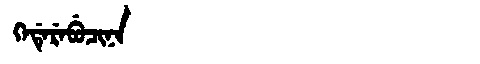
Manchu: ᡴᡝᡩᡝᡵᡝᠪᡠᠴᡳᠨᠠ
Romanization: KEDEREBUCINA